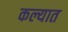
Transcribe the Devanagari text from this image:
कल्यात